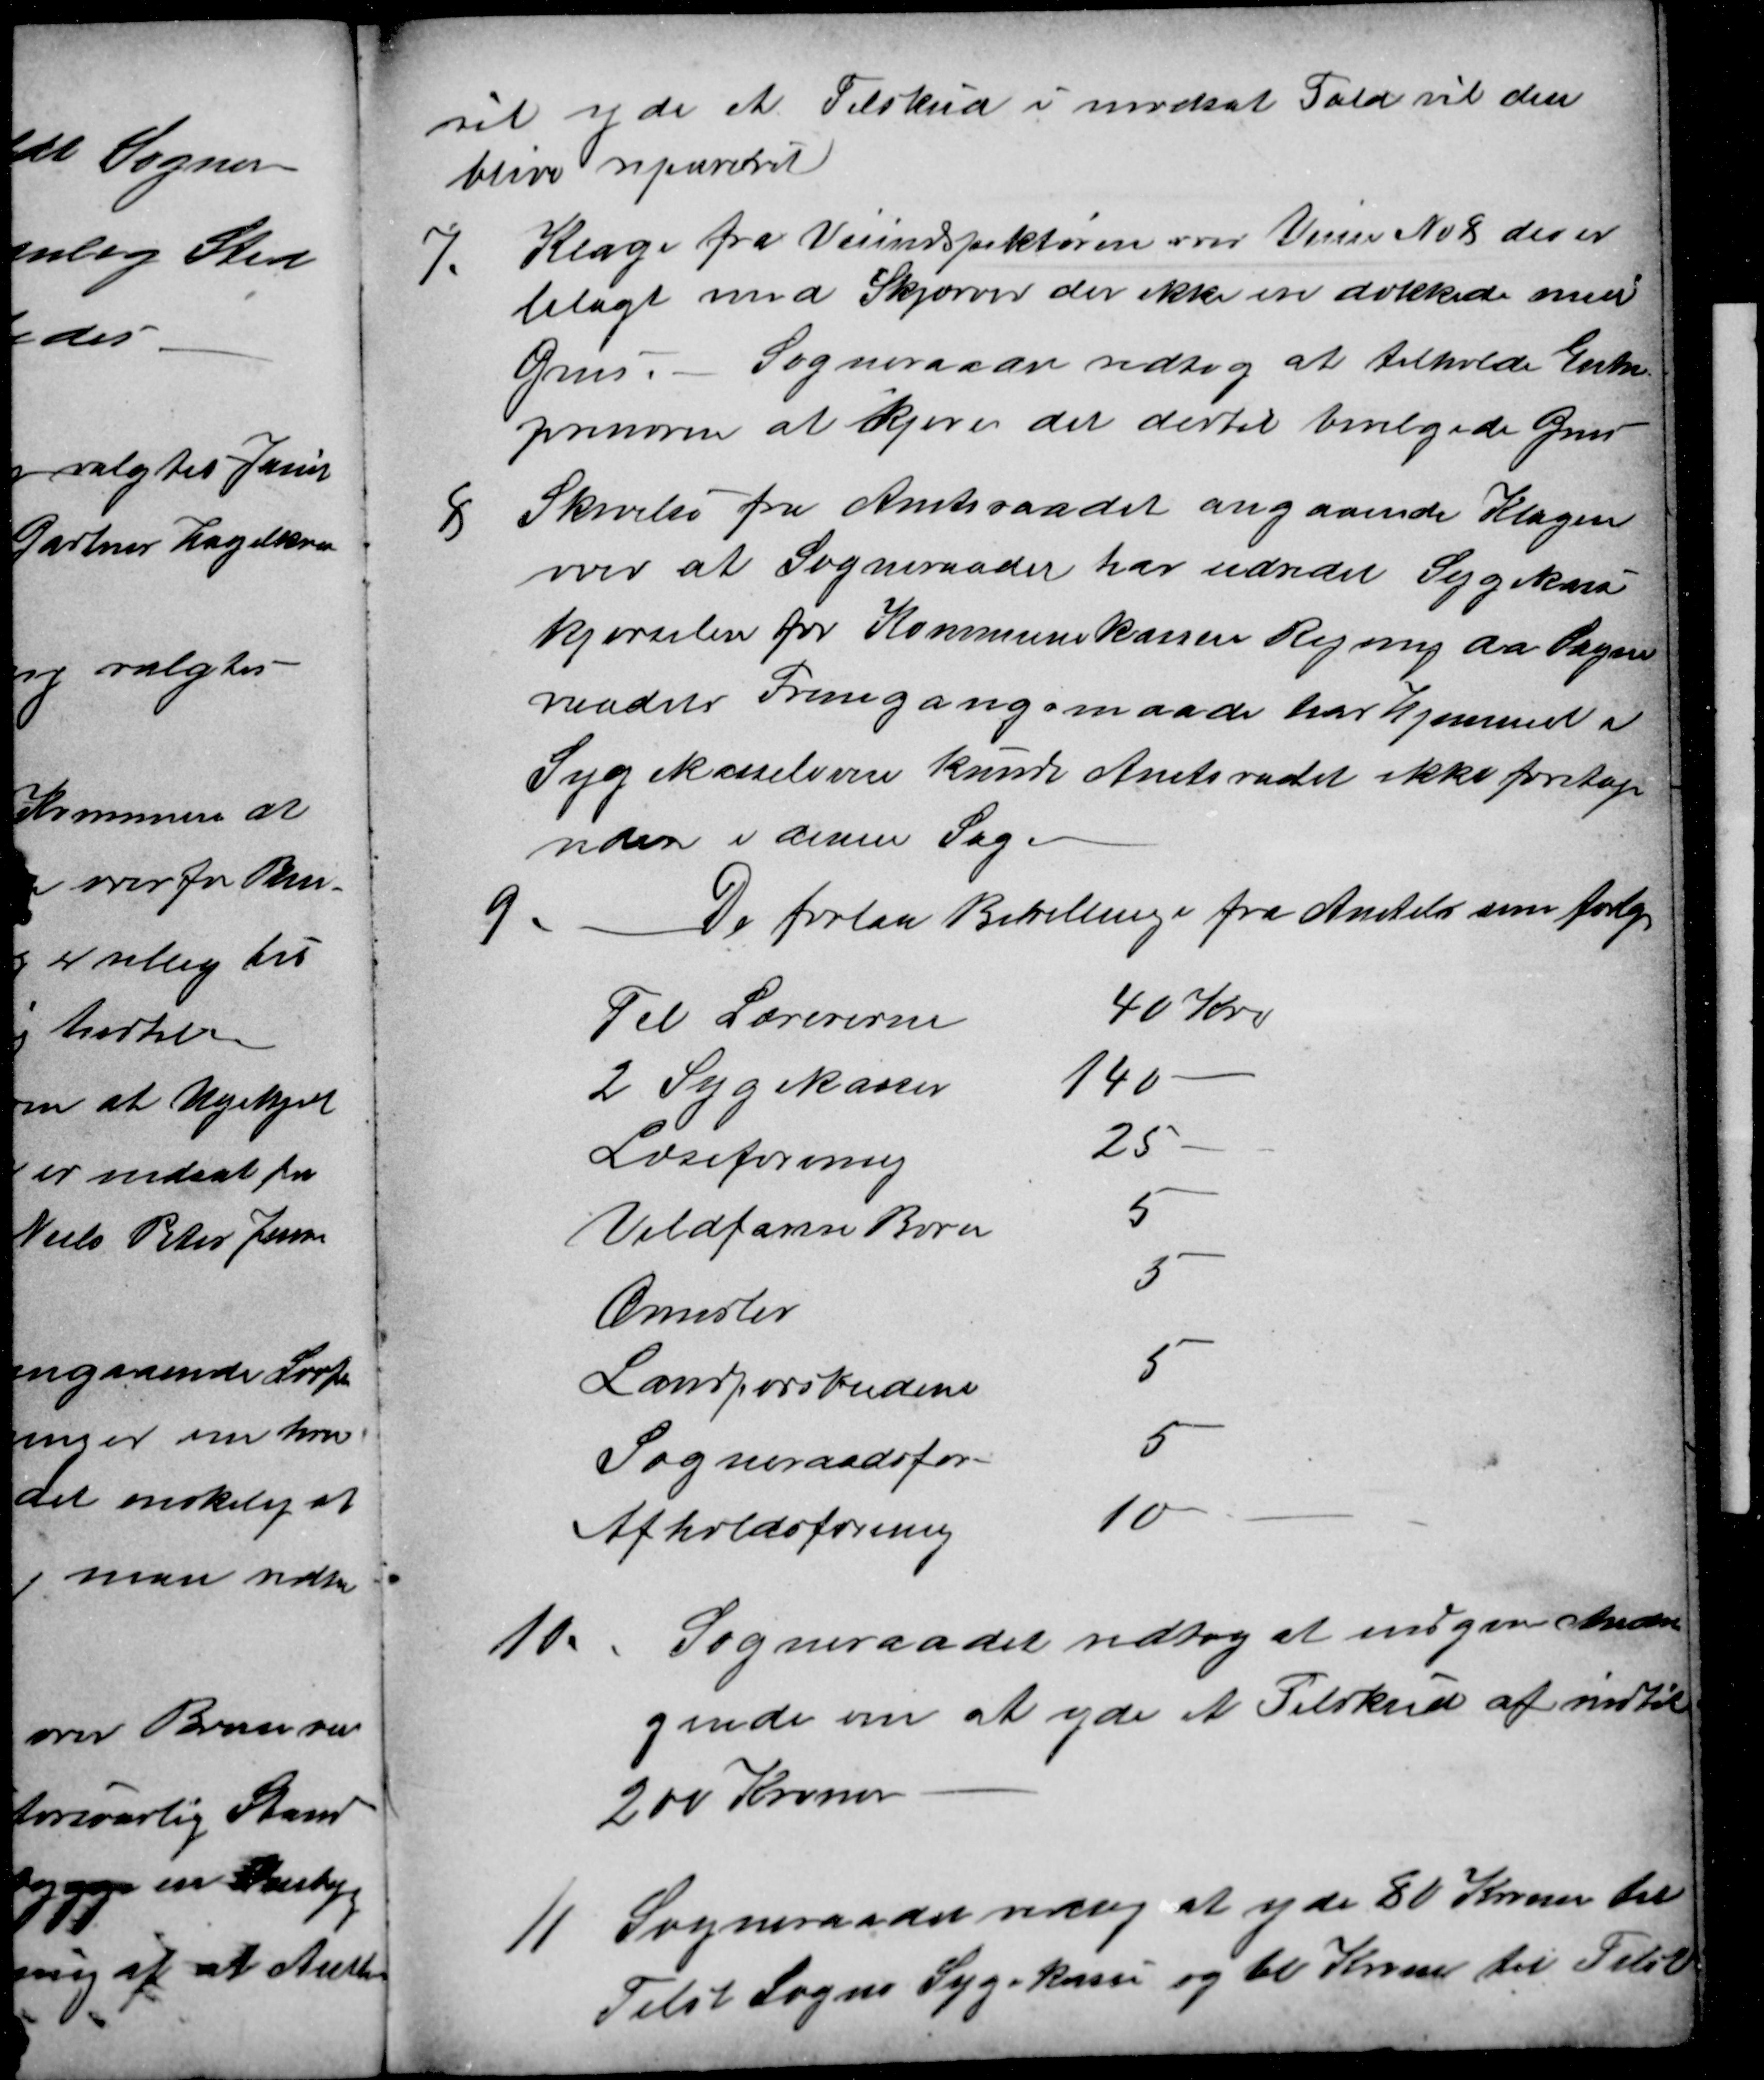
Transskription:
vil yde et Tilskud i modsat Fald vil den
blive repareret
7. Klage fra Veiindspektøren over Vejen No 8 der er
belagt med Skjærver der ikke ere dækkede med
Grus
Sogneraadet vedtog at tilholde Entre-
prenøren at kjøre det dertil bevilgede Grus
8 Skrivelse fra Amtsraadet angaaende Klagen
over at Sogneraadet har udredet Sygekasse-
kjørselen for Kommunekassen Regning da Sogne
raadets Fremgangsmaade har hjemmel i
Sygekasseloven kunde Amtsrådet ikke foretage
videre i denne Sag.
9 Der forelaa Bevillinger fra Amtets som følger
Til Lærererne
40 Kr.
2 Sygekasser
140
Læseforening
25
Vildfarne Børn
5
Ormslev
5
Landpostbudene
5
Sogneraadsfor-
5
Afholdsforening
10
10.
Sogneraadet vedtog at indgive Andra
gende om at yde et Tilskud af indtil
200 Kroner
11
Sogneraadet vedtog at yde 80 Kroner til
Tilst Sogns Sygekasse og 60 Kroner til Tilst